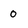
Character: O